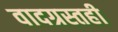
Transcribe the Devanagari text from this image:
वादग्रस्तही